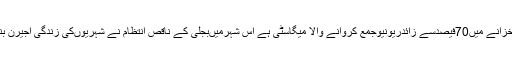
انہوںنے کہاکہ کراچی پاکستان کاسب بڑاشہراورقومی خزانے میں70فیصدسے زائدریونیوجمع کروانے والا میگاسٹی ہے اس شہرمیںبجلی کے ناقص انتظام نے شہریوںکی زندگی اجیرن بنارکھی ہے جس کی جتنی بھی مذمت کی جائے کم ہے۔